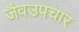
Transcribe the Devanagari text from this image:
जैवउपचार